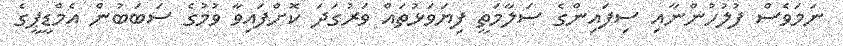
ނަމަވެސް ފުލުހުންނާއި ސިފައިންގެ ސަލާމަތީ ފިޔަވަޅުތައް ވަރުގަދަ ކޮށްފައިވާ ވުމުގެ ސަބަބުން އެމްޑީޕީގެ